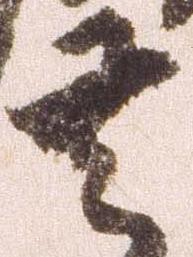
去